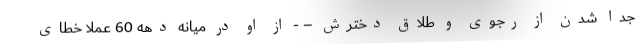
جدا شدن از رجوی و طلاق دخترش – - از او در میانه دهه 60 عملا خطای